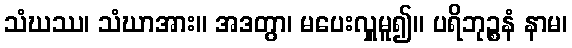
သံဃဿ၊ သံဃာအား။ အဒတွာ၊ မပေးလှူမူ၍။ ပရိဘုဉ္စနံ နာမ၊